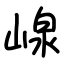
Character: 㟫